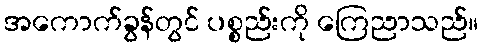
အကောက်ခွန်တွင် ပစ္စည်းကို ကြေညာသည်။